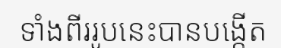
ទាំងពីររូបនេះបានបង្កើត